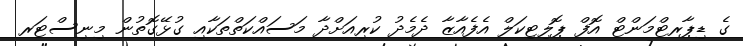
ގެ ޑިޕާރޓްމަންޓް އޮފް ޕޮލިޓިކަލް އެފެއާޒާ ދެމެދު ކުރިއަށްދާ މަސައްކަތްތަކާއި ގުޅޭގޮތުން މިނިސްޓަރ